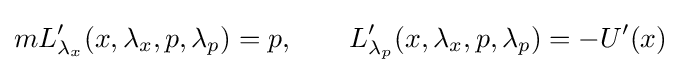
mL'_{\lambda _{x}}(x,\lambda _{x},p,\lambda _{p})=p,\qquad L'_{\lambda _{p}}(x,\lambda _{x},p,\lambda _{p})=-U'(x)